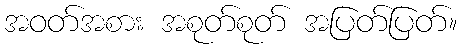
အဝတ်အစား အစုတ်စုတ် အပြတ်ပြတ်။